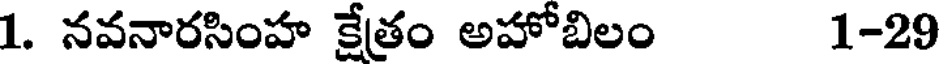
1. నవనారసింహ క్షేత్రం అహోబిలం 1-29